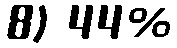
8) 44%